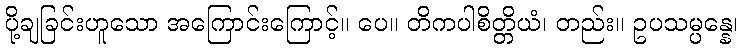
ပို့ချခြင်းဟူသော အကြောင်းကြောင့်။ ပေ။ တိကပါစိတ္တိယံ၊ တည်း။ ဥပသမ္ပန္နေ၊